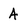
Character: A